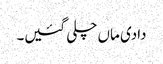
دادی ماں چلی گئیں۔